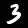
Digit: 3